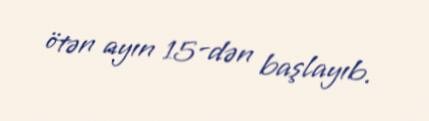
ötən ayın 15-dən başlayıb.